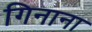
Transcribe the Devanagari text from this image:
गिनाना